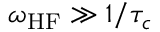
\omega _ { \mathrm { H F } } \gg 1 / \tau _ { c }